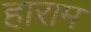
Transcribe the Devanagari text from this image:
हाराम